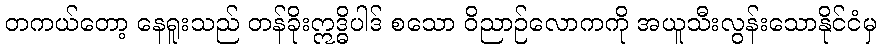
တကယ်တော့ နေရူးသည် တန်ခိုးဣဒ္ဓိပါဒ် စသော ဝိညာဉ်လောကကို အယူသီးလွန်းသောနိုင်ငံမှ